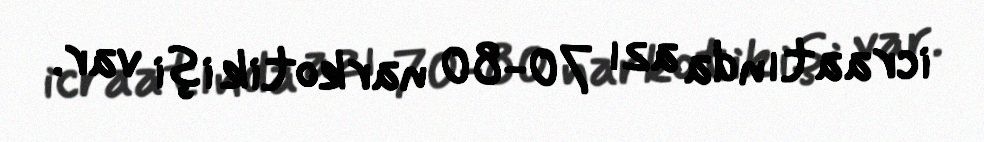
icraatında azı 70-80 narkotik işi var.